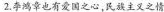
2.李鸿章也有爱国之心，民族主义之情